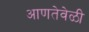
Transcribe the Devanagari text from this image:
आणतेवेळी